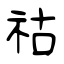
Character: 祜